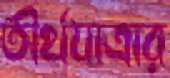
তীর্থযাত্রার